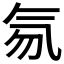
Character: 𰚽